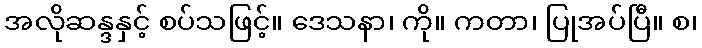
အလိုဆန္ဒနှင့် စပ်သဖြင့်။ ဒေသနာ၊ ကို။ ကတာ၊ ပြုအပ်ပြီ။ စ၊